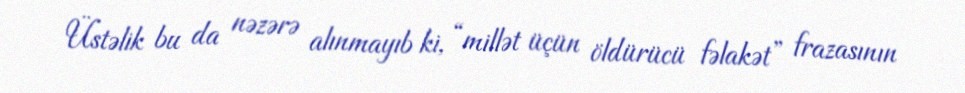
Üstəlik bu da nəzərə alınmayıb ki, “millət üçün öldürücü fəlakət” frazasının